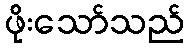
ဖိုးသော်သည်